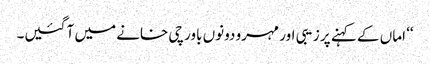
‘‘ اماں کے کہنے پر زیبی اور مہرو دونوں باورچی خانے میں آ گئیں۔